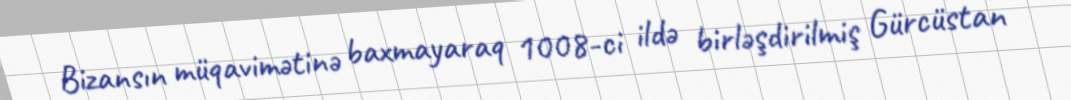
Bizansın müqavimətinə baxmayaraq 1008-ci ildə birləşdirilmiş Gürcüstan